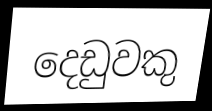
දෙඩුවකු